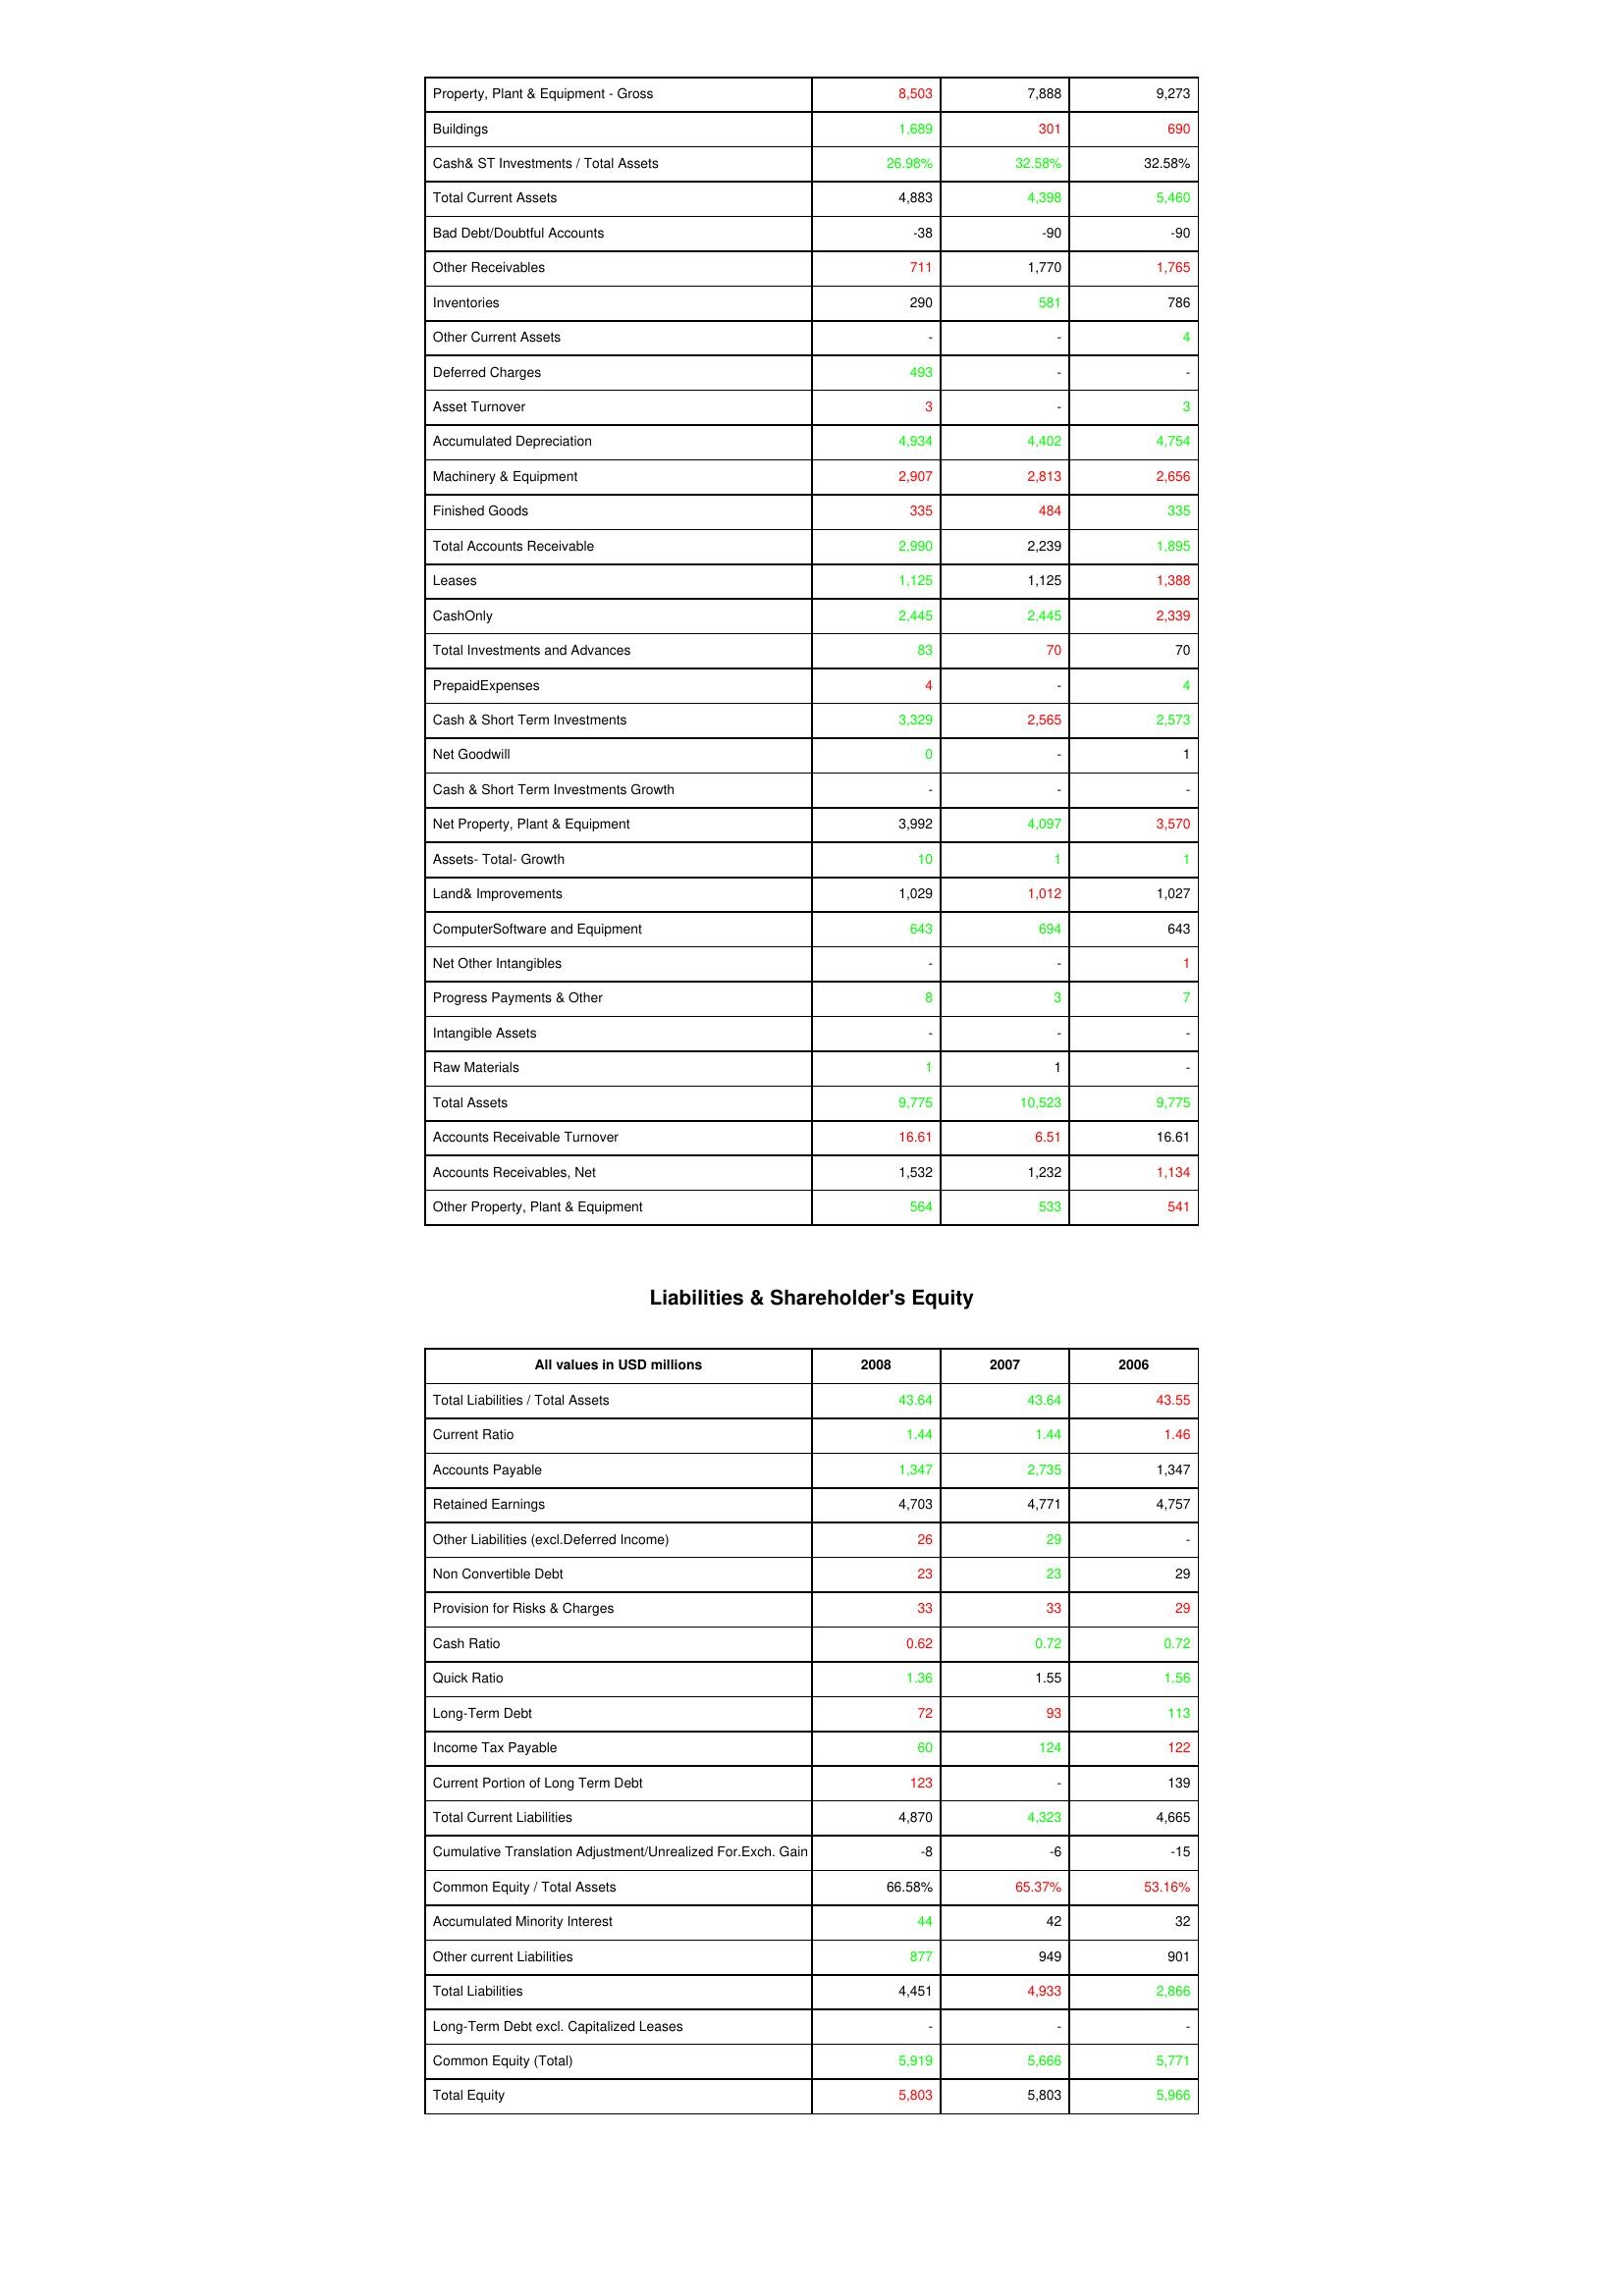
gt_parse: 2008: Assets: Property, Plant & Equipment - Gross : 8,503
Buildings: 1,689
Cash& ST Investments / Total Assets: 26.98%
Total Current Assets: 4,883
Bad Debt/Doubtful Accounts: -38
Other Receivables: 711
Inventories: 290
Other Current Assets: -
Deferred Charges: 493
Asset Turnover: 3
Accumulated Depreciation: 4,934
Machinery & Equipment: 2,907
Finished Goods: 335
Total Accounts Receivable: 2,990
Leases: 1,125
CashOnly: 2,445
Total Investments and Advances: 83
PrepaidExpenses: 4
Cash & Short Term Investments: 3,329
Net Goodwill: 0
Cash & Short Term Investments Growth: -
Net Property, Plant & Equipment: 3,992
Assets- Total- Growth: 10
Land& Improvements: 1,029
ComputerSoftware and Equipment: 643
Net Other Intangibles: -
Progress Payments & Other: 8
Intangible Assets: -
Raw Materials: 1
Total Assets: 9,775
Accounts Receivable Turnover: 16.61
Accounts Receivables, Net: 1,532
Other Property, Plant & Equipment: 564
Liabilities & Shareholder's Equity: Total Liabilities / Total Assets: 43.64
Current Ratio: 1.44
Accounts Payable: 1,347
Retained Earnings: 4,703
Other Liabilities (excl.Deferred Income): 26
Non Convertible Debt: 23
Provision for Risks & Charges: 33
Cash Ratio: 0.62
Quick Ratio: 1.36
Long-Term Debt: 72
Income Tax Payable: 60
Current Portion of Long Term Debt: 123
Total Current Liabilities: 4,870
Cumulative Translation Adjustment/Unrealized For.Exch. Gain: -8
Common Equity / Total Assets: 66.58%
Accumulated Minority Interest: 44
Other current Liabilities: 877
Total Liabilities: 4,451
Long-Term Debt excl. Capitalized Leases: -
Common Equity (Total): 5,919
Total Equity: 5,803
2007: Assets: Property, Plant & Equipment - Gross : 7,888
Buildings: 301
Cash& ST Investments / Total Assets: 32.58%
Total Current Assets: 4,398
Bad Debt/Doubtful Accounts: -90
Other Receivables: 1,770
Inventories: 581
Other Current Assets: -
Deferred Charges: -
Asset Turnover: -
Accumulated Depreciation: 4,402
Machinery & Equipment: 2,813
Finished Goods: 484
Total Accounts Receivable: 2,239
Leases: 1,125
CashOnly: 2,445
Total Investments and Advances: 70
PrepaidExpenses: -
Cash & Short Term Investments: 2,565
Net Goodwill: -
Cash & Short Term Investments Growth: -
Net Property, Plant & Equipment: 4,097
Assets- Total- Growth: 1
Land& Improvements: 1,012
ComputerSoftware and Equipment: 694
Net Other Intangibles: -
Progress Payments & Other: 3
Intangible Assets: -
Raw Materials: 1
Total Assets: 10,523
Accounts Receivable Turnover: 6.51
Accounts Receivables, Net: 1,232
Other Property, Plant & Equipment: 533
Liabilities & Shareholder's Equity: Total Liabilities / Total Assets: 43.64
Current Ratio: 1.44
Accounts Payable: 2,735
Retained Earnings: 4,771
Other Liabilities (excl.Deferred Income): 29
Non Convertible Debt: 23
Provision for Risks & Charges: 33
Cash Ratio: 0.72
Quick Ratio: 1.55
Long-Term Debt: 93
Income Tax Payable: 124
Current Portion of Long Term Debt: -
Total Current Liabilities: 4,323
Cumulative Translation Adjustment/Unrealized For.Exch. Gain: -6
Common Equity / Total Assets: 65.37%
Accumulated Minority Interest: 42
Other current Liabilities: 949
Total Liabilities: 4,933
Long-Term Debt excl. Capitalized Leases: -
Common Equity (Total): 5,666
Total Equity: 5,803
2006: Assets: Property, Plant & Equipment - Gross : 9,273
Buildings: 690
Cash& ST Investments / Total Assets: 32.58%
Total Current Assets: 5,460
Bad Debt/Doubtful Accounts: -90
Other Receivables: 1,765
Inventories: 786
Other Current Assets: 4
Deferred Charges: -
Asset Turnover: 3
Accumulated Depreciation: 4,754
Machinery & Equipment: 2,656
Finished Goods: 335
Total Accounts Receivable: 1,895
Leases: 1,388
CashOnly: 2,339
Total Investments and Advances: 70
PrepaidExpenses: 4
Cash & Short Term Investments: 2,573
Net Goodwill: 1
Cash & Short Term Investments Growth: -
Net Property, Plant & Equipment: 3,570
Assets- Total- Growth: 1
Land& Improvements: 1,027
ComputerSoftware and Equipment: 643
Net Other Intangibles: 1
Progress Payments & Other: 7
Intangible Assets: -
Raw Materials: -
Total Assets: 9,775
Accounts Receivable Turnover: 16.61
Accounts Receivables, Net: 1,134
Other Property, Plant & Equipment: 541
Liabilities & Shareholder's Equity: Total Liabilities / Total Assets: 43.55
Current Ratio: 1.46
Accounts Payable: 1,347
Retained Earnings: 4,757
Other Liabilities (excl.Deferred Income): -
Non Convertible Debt: 29
Provision for Risks & Charges: 29
Cash Ratio: 0.72
Quick Ratio: 1.56
Long-Term Debt: 113
Income Tax Payable: 122
Current Portion of Long Term Debt: 139
Total Current Liabilities: 4,665
Cumulative Translation Adjustment/Unrealized For.Exch. Gain: -15
Common Equity / Total Assets: 53.16%
Accumulated Minority Interest: 32
Other current Liabilities: 901
Total Liabilities: 2,866
Long-Term Debt excl. Capitalized Leases: -
Common Equity (Total): 5,771
Total Equity: 5,966